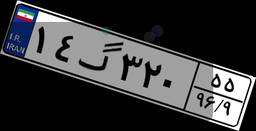
۸۴گ۶۲۷۰۷